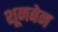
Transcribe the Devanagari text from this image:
शूनबेन